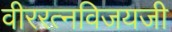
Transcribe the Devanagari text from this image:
वीररत्नविजयजी